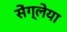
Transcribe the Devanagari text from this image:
सेंग्लेया